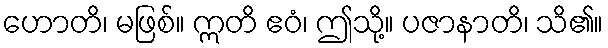
ဟောတိ၊ မဖြစ်။ ဣတိ ဧဝံ၊ ဤသို့။ ပဇာနာတိ၊ သိ၏။